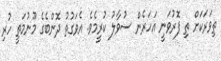
ތިވަރަކަށް ތި ފޮރުވަނީ އަހަރެން ސުވާލު ކުރީމެވެ. އެވަގުތު ދޮންބެގެ މޫނުމަތީ ހުރި